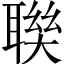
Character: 聫